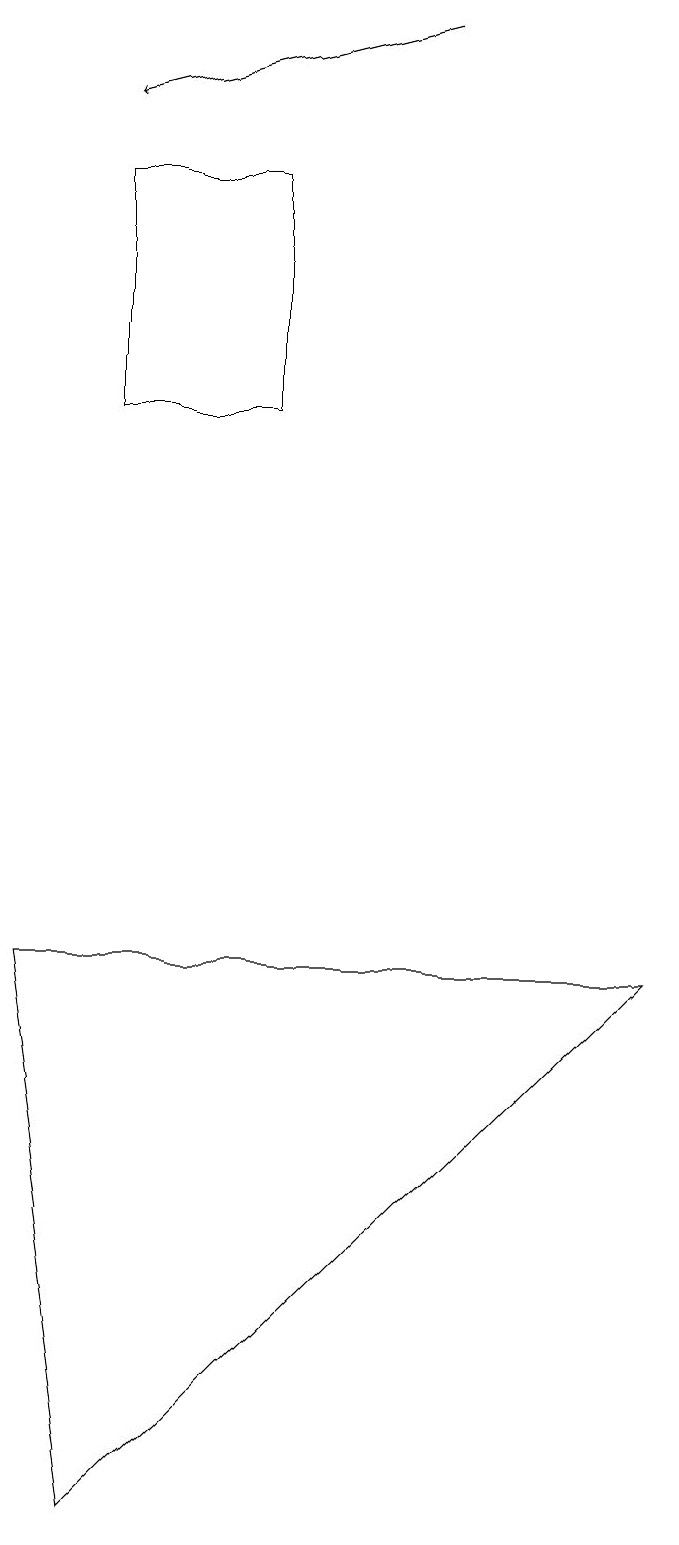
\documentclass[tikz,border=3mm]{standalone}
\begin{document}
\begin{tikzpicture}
\draw[->] (6,19) -- (2,18);
\draw (2,0) -- (9,7) -- (1,7) -- cycle;
\draw (2,17) rectangle (4,14);
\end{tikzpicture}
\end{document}